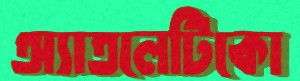
অ্যাতলেটিকো